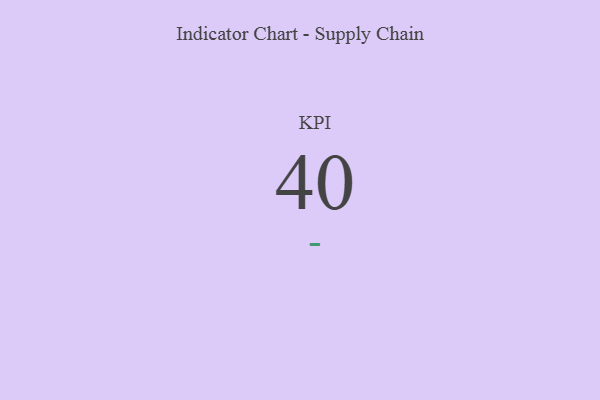
{"axis": {"x": "KPI", "y": "Value"}, "legend": [""], "data": [{"x": "KPI", "y": 40, "type": ""}]}